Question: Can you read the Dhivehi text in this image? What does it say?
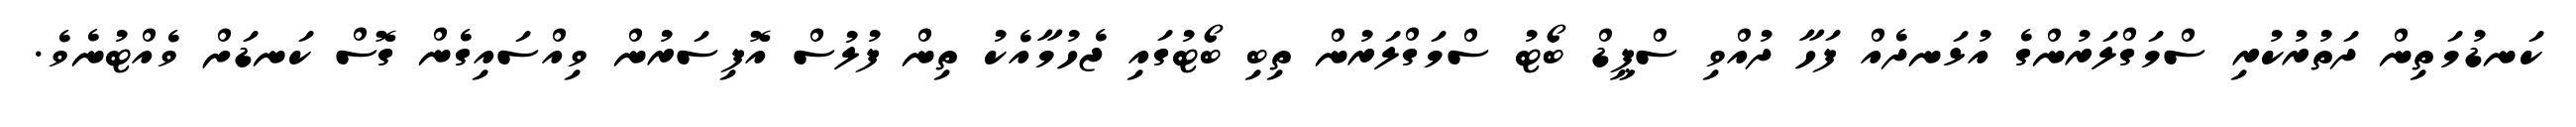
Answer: ކަނޑުމަތިން ދަތުރުކުރި ސްމަގްލަރުންގެ އުޅަނދެއް ފަހާ ދުއްވި ސްޕީޑް ބޯޓު ސްމަގްލަރުން ތިބި ބޯޓުގައި ޖެހުމާއެކު ތިން ފުލުސް އޮފިސަރުން ވިއްސައިގެން ގޮސް ކަނޑަށް ވެއްޓުނެވެ.